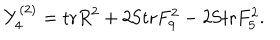
Y _ { 4 } ^ { ( 2 ) } = \mathrm { t r } R ^ { 2 } + 2 \mathrm { S t r } F _ { 9 } ^ { 2 } - 2 \mathrm { S t r } F _ { 5 } ^ { 2 } .